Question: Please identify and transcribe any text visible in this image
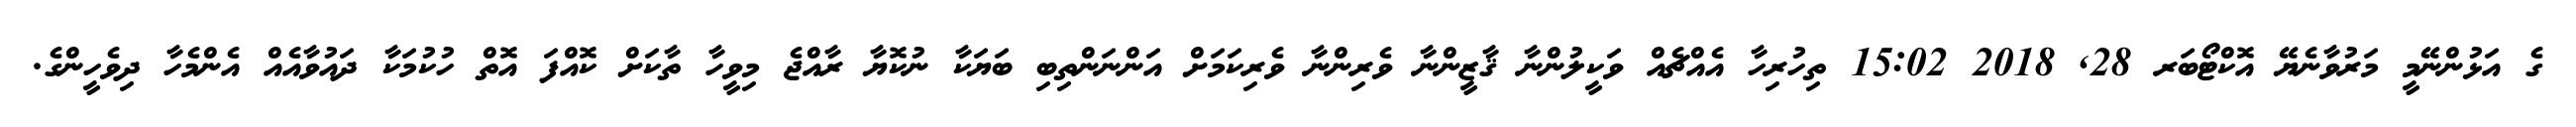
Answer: ގެ އަޅުންނޭމީ މަރުވާނެޔޭ އޮކްޓޯބަރ 28, 2018 15:02 ތިހުރިހާ އެއްޗެއް ވަކީލުންނާ ޤާޒީންނާ ވެރިންނާ ވެރިކަމަށް އަންނަންތިބި ބަޔަކާ ނުކޮޔާ ރާއްޖެ މިވީހާ ތާކަށް ކޮއްފަ އޮތް ހުކުމަކާ ދައުވާއެއް އެންމެހާ ދިވެހީންގެ.